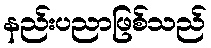
နည်းပညာဖြစ်သည်